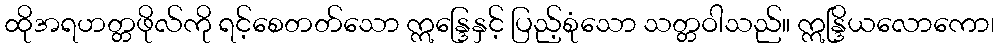
ထိုအရဟတ္တဖိုလ်ကို ရင့်စေတတ်သော ဣန္ဒြေနှင့် ပြည့်စုံသော သတ္တဝါသည်။ ဣန္ဒြိယလောကော၊